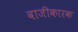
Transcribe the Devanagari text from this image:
वाजीकारक